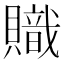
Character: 𧸉